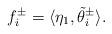
LaTeX: \begin{align*} f_{i}^{\pm}=\langle \eta_1, \tilde \theta_i^{\pm} \rangle.\end{align*}